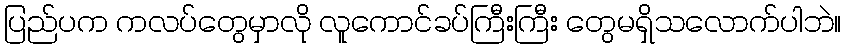
ပြည်ပက ကလပ်တွေမှာလို လူကောင်ခပ်ကြီးကြီး တွေမရှိသလောက်ပါဘဲ။